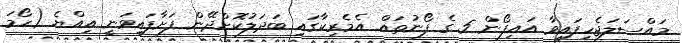
މައްސަލަޖެހިފައިވާ އައިފޯން 5 ގެ ފޯނުތައް އެމެރިކާގައި ބަދަލުކޮށްދޭން ފަށާފައިވަނީ އިއްޔެ (ހޯމަ